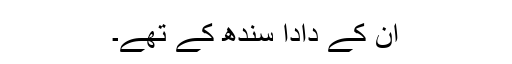
ان کے دادا سندھ کے تھے۔